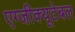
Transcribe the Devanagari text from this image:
एग्जीक्यूटेबल